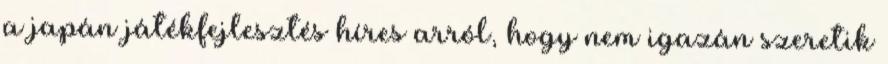
a japán játékfejlesztés híres arról, hogy nem igazán szeretik